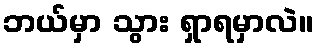
ဘယ်မှာ သွား ရှာရမှာလဲ။